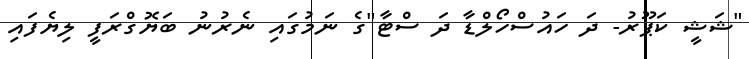
"ޝަޝީ ކަޕޫރު- ދަ ހައުސްހޯލްޑާ ދަ ސްޓާ"ގެ ނަމުގައި ނެރުނު ބަޔޮގްރަފީ ލިޔެފައި